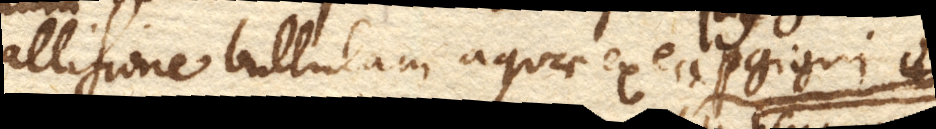
allisione bullulam aquae ex ea gigni.